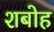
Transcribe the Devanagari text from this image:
शबोह